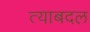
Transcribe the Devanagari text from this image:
त्याबदल